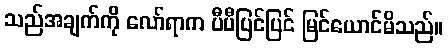
သည်အချက်ကို လော်ရာက ပီပီပြင်ပြင် မြင်ယောင်မိသည်။